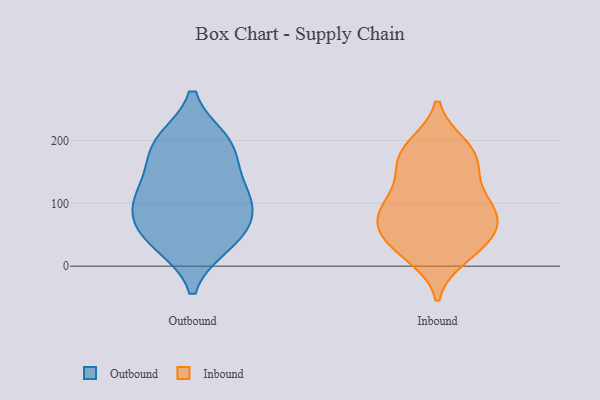
{"axis": {"x": "Net Income (USD K)", "y": "Value"}, "legend": ["Inbound", "Outbound"], "data": [{"x": "", "y": 189, "type": "Outbound"}, {"x": "", "y": 188, "type": "Outbound"}, {"x": "", "y": 197, "type": "Outbound"}, {"x": "", "y": 119, "type": "Outbound"}, {"x": "", "y": 111, "type": "Outbound"}, {"x": "", "y": 118, "type": "Outbound"}, {"x": "", "y": 78, "type": "Outbound"}, {"x": "", "y": 37, "type": "Outbound"}, {"x": "", "y": 42, "type": "Outbound"}, {"x": "", "y": 64, "type": "Outbound"}, {"x": "", "y": 59, "type": "Inbound"}, {"x": "", "y": 23, "type": "Inbound"}, {"x": "", "y": 173, "type": "Inbound"}, {"x": "", "y": 65, "type": "Inbound"}, {"x": "", "y": 157, "type": "Inbound"}, {"x": "", "y": 95, "type": "Inbound"}, {"x": "", "y": 86, "type": "Inbound"}, {"x": "", "y": 191, "type": "Inbound"}, {"x": "", "y": 107, "type": "Inbound"}, {"x": "", "y": 88, "type": "Inbound"}, {"x": "", "y": 73, "type": "Inbound"}, {"x": "", "y": 129, "type": "Inbound"}, {"x": "", "y": 35, "type": "Inbound"}, {"x": "", "y": 43, "type": "Inbound"}, {"x": "", "y": 190, "type": "Inbound"}, {"x": "", "y": 16, "type": "Inbound"}, {"x": "", "y": 169, "type": "Inbound"}]}